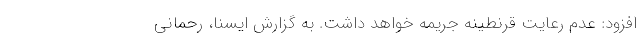
افزود: عدم رعایت قرنطینه جریمه خواهد داشت. به گزارش ایسنا، رحمانی